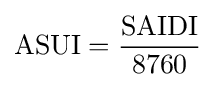
{\mbox{ASUI}}={\frac {\mbox{SAIDI}}{8760}}